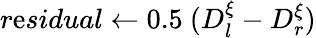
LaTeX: r\mathrm{e}sidual\gets0.5~(D_{l}^{\xi}-D_{r}^{\xi})